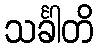
သင်္ခါတိ